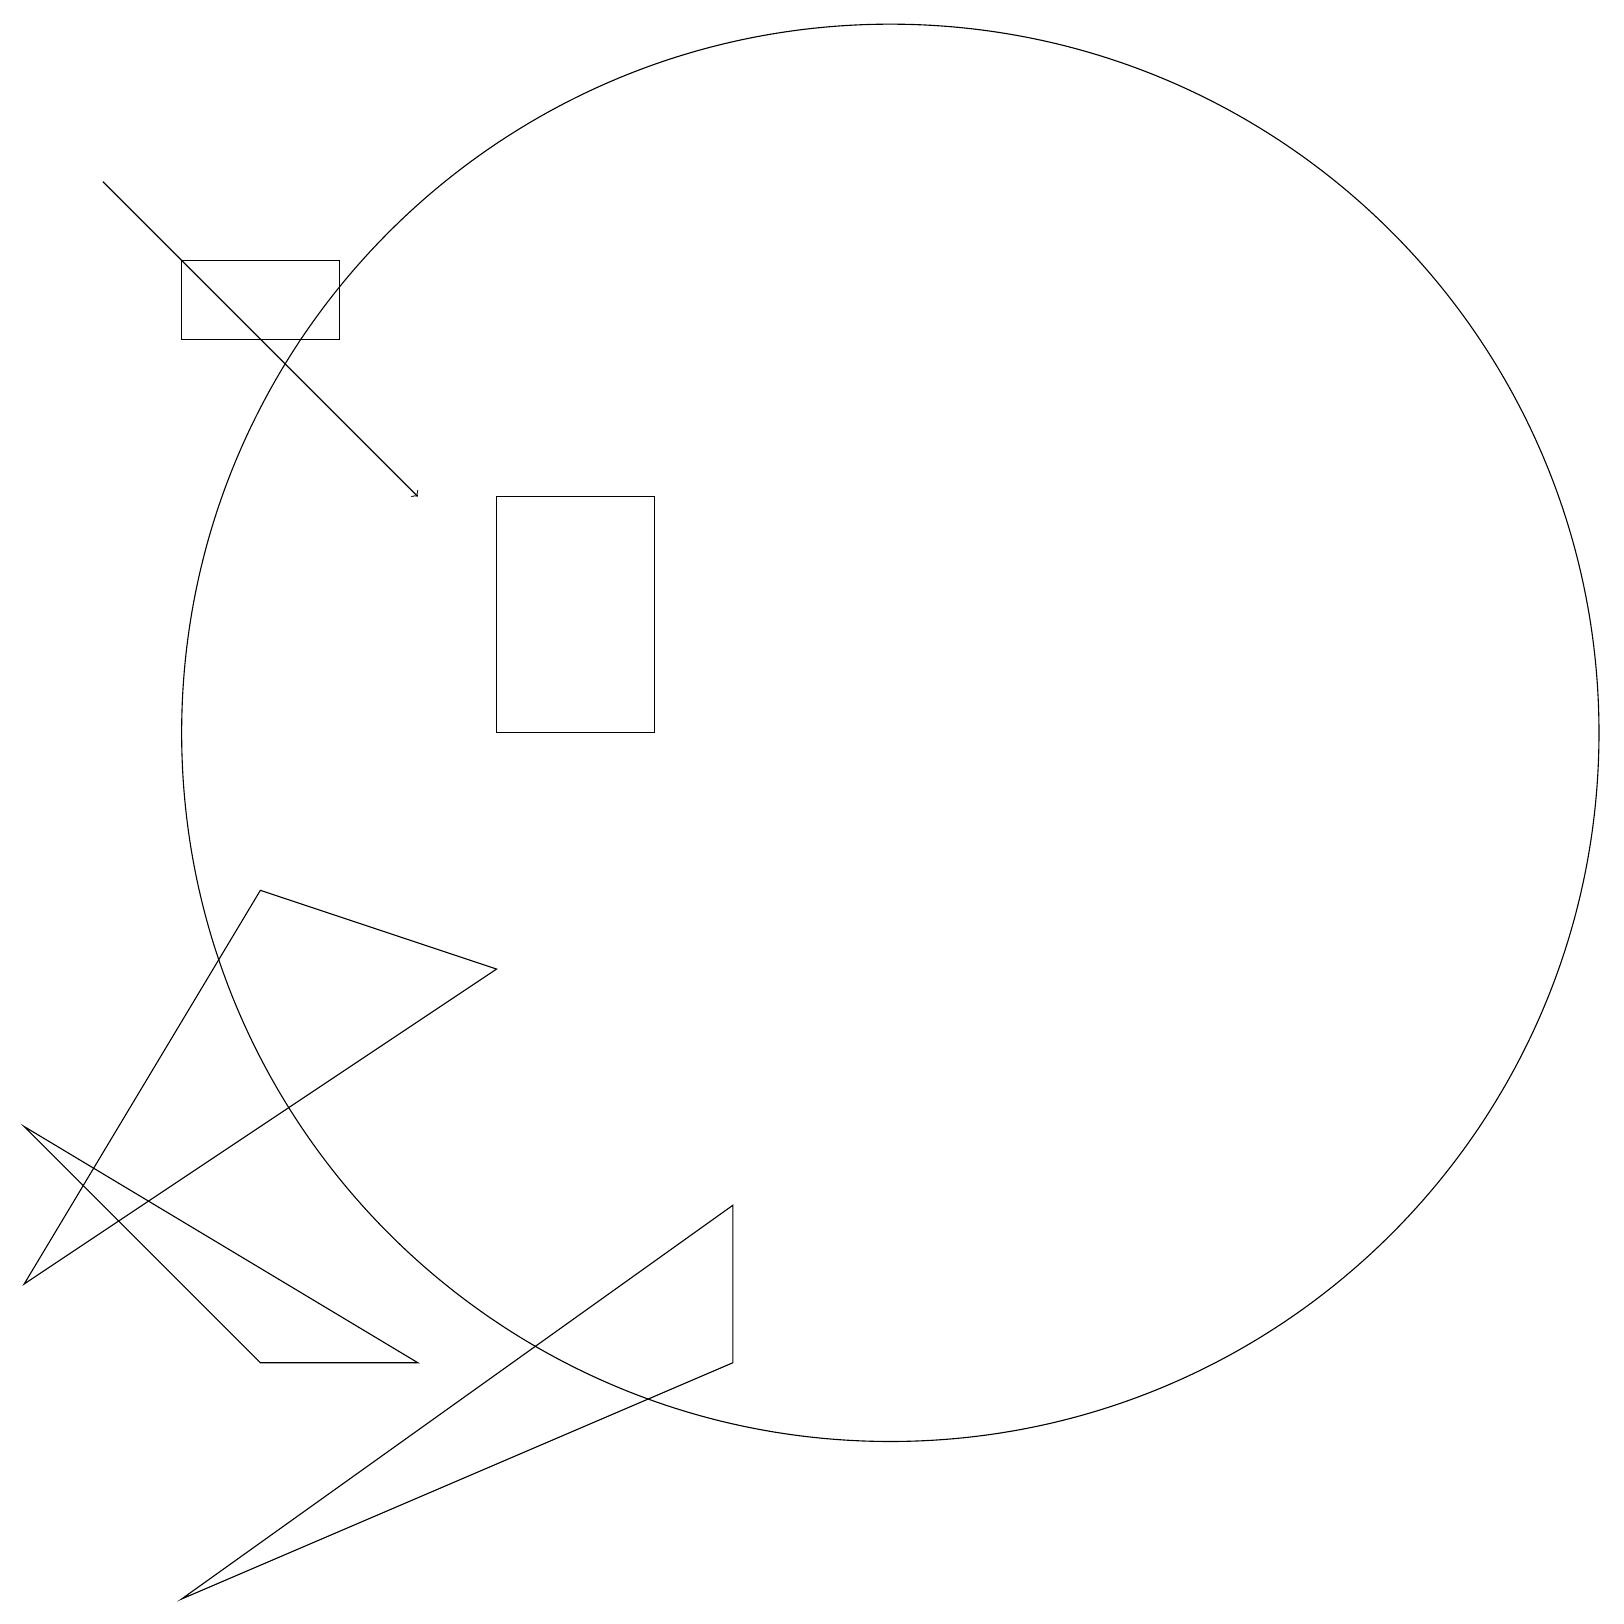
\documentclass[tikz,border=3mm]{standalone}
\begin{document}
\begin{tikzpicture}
\draw (8,11) rectangle (6,14);
\draw (5,3) -- (3,3) -- (0,6) -- cycle;
\draw[->] (1,18) -- (5,14);
\draw (6,8) -- (0,4) -- (3,9) -- cycle;
\draw (4,17) rectangle (2,16);
\draw (9,5) -- (2,0) -- (9,3) -- cycle;
\draw (11,11) circle (9);
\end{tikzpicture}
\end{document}